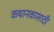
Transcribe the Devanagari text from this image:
कथानकासाठी